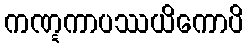
ကဏ္ဋကာပဿယိကောပိ